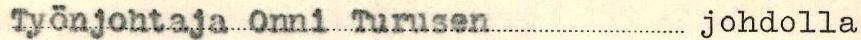
Työnjohtaja Onni Turusen johdolla